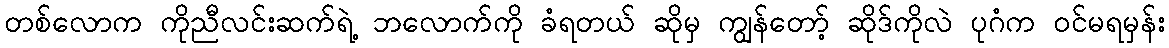
တစ်လောက ကိုညီလင်းဆက်ရဲ့ ဘလောက်ကို ခံရတယ် ဆိုမှ ကျွန်တော့် ဆိုဒ်ကိုလဲ ပုဂံက ဝင်မရမှန်း